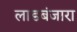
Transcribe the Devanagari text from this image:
लाडबंजारा